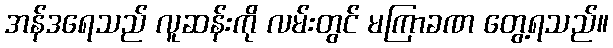
အန်ဒရေသည် လူဆန်းကို လမ်းတွင် မကြာခဏ တွေ့ရသည်။